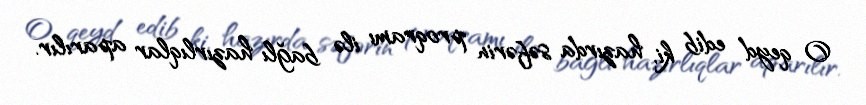
O qeyd edib ki, hazırda səfərin proqramı ilə bağlı hazırlıqlar aparılır.